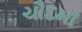
ચૌદમા